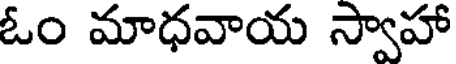
ఓం మాధవాయ స్వాహా